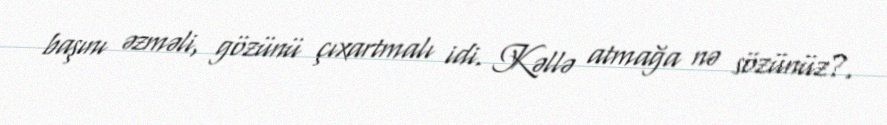
başını əzməli, gözünü çıxartmalı idi. Kəllə atmağa nə sözünüz?.